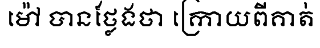
ម៉ៅ បានថ្លែងថា ក្រោយពីគាត់